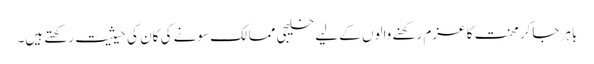
باہر جاکر محنت کا عزم رکھنے والوں کے لیے خلیجی ممالک سونے کی کان کی حیثیت رکھتے ہیں۔